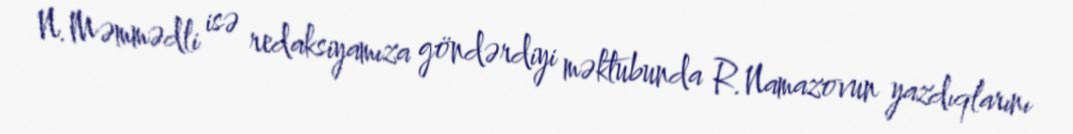
N.Məmmədli isə redaksiyamıza göndərdiyi məktubunda R.Namazovun yazdıqlarını